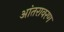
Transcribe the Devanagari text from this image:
आंतरावरण